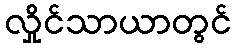
လှိုင်သာယာတွင်